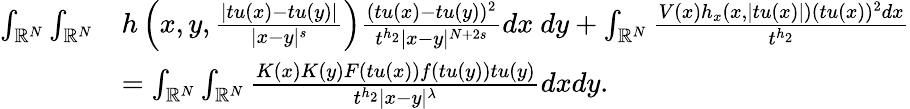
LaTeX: \begin{array}{rl}{\int_{{\mathbb R}^{N}}\int_{{\mathbb R}^{N}}}&{h\left(x,y,\frac{|tu(x)-tu(y)|}{|x-y|^{s}}\right)\frac{(tu(x)-tu(y))^{2}}{t^{h_{2}}|x-y|^{N+2s}}dx\ dy+\int_{{\mathbb R}^{N}}\frac{V(x)h_{x}(x,|tu(x)|)(tu(x))^{2}dx}{t^{h_{2}}}}\\ &{=\int_{{\mathbb R}^{N}}\int_{{\mathbb R}^{N}}\frac{K(x)K(y)F(tu(x))f(tu(y))tu(y)}{t^{h_{2}}|x-y|^{\lambda}}dxdy.}\end{array}